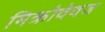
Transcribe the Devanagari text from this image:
मिक्रोवेवज